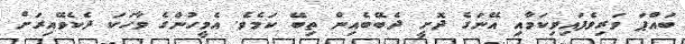
ބައްޕަ ވަރިވެފައިވިކަމާއި އޭނަގެ ދޮށީ ދެބޭބެއިން ތިބޭ ކަމެވެ. އެމީހުންގެ ވާހަކަ ދެކެވޭއިރަށް